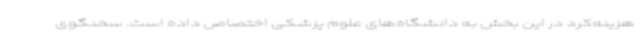
هزینه‌کرد در این بخش به دانشگاه‌های علوم پزشکی اختصاص داده است. سخنگوی